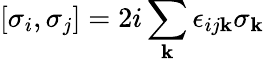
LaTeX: [{\sigma}_{i},{\sigma}_{j}]=2i\sum_{\mathbf{k}}\epsilon_{ij\mathbf{k}}{\sigma}_{\mathbf{k}}